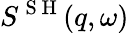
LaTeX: S^{\mathrm{~S~H~}}(q,\omega)